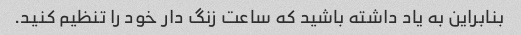
بنابراین به یاد داشته باشید که ساعت زنگ دار خود را تنظیم کنید.